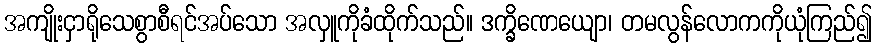
အကျိုးငှာရိုသေစွာစီရင်အပ်သော အလှူကိုခံထိုက်သည်။ ဒက္ခိဏေယျော၊ တမလွန်လောကကိုယုံကြည်၍